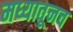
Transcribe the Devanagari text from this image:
मध्यातूनच